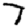
Digit: 7